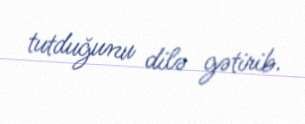
tutduğunu dilə gətirib.